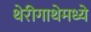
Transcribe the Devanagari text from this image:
थेरीगाथेमध्ये